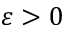
\varepsilon > 0